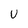
Character: U